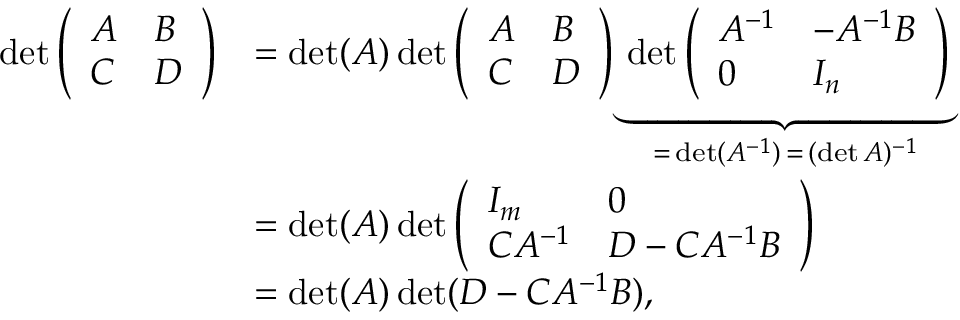
{ \begin{array} { r l } { \operatorname* { d e t } { \left( \begin{array} { l l } { A } & { B } \\ { C } & { D } \end{array} \right) } } & { = \operatorname* { d e t } ( A ) \operatorname* { d e t } { \left( \begin{array} { l l } { A } & { B } \\ { C } & { D } \end{array} \right) } \underbrace { \operatorname* { d e t } { \left( \begin{array} { l l } { A ^ { - 1 } } & { - A ^ { - 1 } B } \\ { 0 } & { I _ { n } } \end{array} \right) } } _ { = \, \operatorname* { d e t } ( A ^ { - 1 } ) \, = \, ( \operatorname* { d e t } A ) ^ { - 1 } } } \\ & { = \operatorname* { d e t } ( A ) \operatorname* { d e t } { \left( \begin{array} { l l } { I _ { m } } & { 0 } \\ { C A ^ { - 1 } } & { D - C A ^ { - 1 } B } \end{array} \right) } } \\ & { = \operatorname* { d e t } ( A ) \operatorname* { d e t } ( D - C A ^ { - 1 } B ) , } \end{array} }